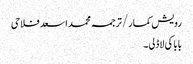
رویش کمار/ترجمہ محمد اسعد فلاحی
بابا کی لاڈلی۔